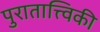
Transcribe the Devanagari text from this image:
पुरातात्त्विकी